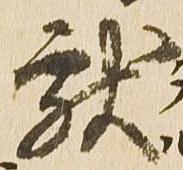
献